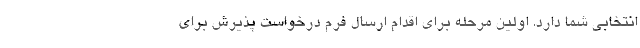
انتخابی شما دارد. اولین مرحله برای اقدام ارسال فرم درخواست پذیرش برای